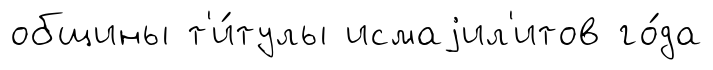
общины т'и́тулы исмаjил'итов го́да